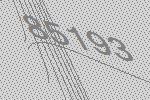
85193